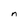
Character: n